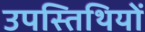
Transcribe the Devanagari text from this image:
उपस्तिथियों